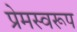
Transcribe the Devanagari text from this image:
प्रेमस्वरूप